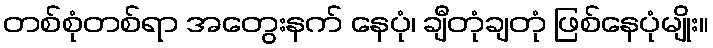
တစ်စုံတစ်ရာ အတွေးနက် နေပုံ၊ ချီတုံချတုံ ဖြစ်နေပုံမျိုး။